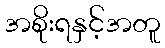
အစိုးရနှင့်အတူ